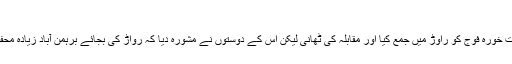
رواڑ کی فتح
راجہ داہر کے لڑکے جے سنگھ نے شکست خورہ فوج کو راوڑ میں جمع کیا اور مقابلہ کی ٹھانی لیکن اس کے دوستوں نے مشورہ دیا کہ رواڑ کی بجائے برہمن آباد زیادہ محفوظ مقام ہے وہاں جاکر مقابلہ کرنا چاہیے۔